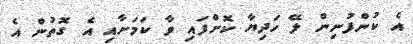
އެ ކުންފުނިން ލޭ ހަދިޔާ ކޮށްފައި ވާ ކަމަށާއި އެ ގޮތުން އެ